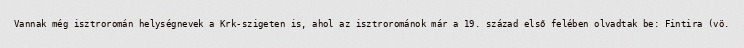
Vannak még isztroromán helységnevek a Krk-szigeten is, ahol az isztrorománok már a 19. század első felében olvadtak be: Fintira (vö.